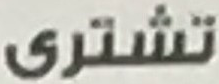
تشترى